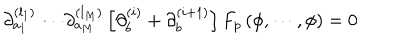
LaTeX: \partial _ { a _ { 1 } } ^ { ( l _ { 1 } ) } \cdots \partial _ { a _ { M } } ^ { ( l _ { M } ) } \left[ \partial _ { b } ^ { ( i ) } + \partial _ { b } ^ { ( i + 1 ) } \right] F _ { p } \, ( \phi , \cdots , \phi ) = 0